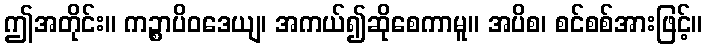
ဤအတိုင်း။ ကဉ္စာပိဝဒေယျ၊ အကယ်၍ဆိုစေကာမူ။ အပိစ၊ စင်စစ်အားဖြင့်။